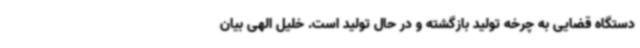
دستگاه قضایی به چرخه تولید بازگشته و در حال تولید است. خلیل الهی بیان